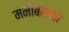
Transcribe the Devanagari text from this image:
मनोबलाने